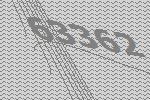
63362